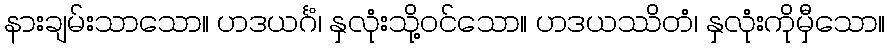
နားချမ်းသာသော။ ဟဒယင်္ဂံ၊ နှလုံးသို့ဝင်သော။ ဟဒယဿိတံ၊ နှလုံးကိုမှီသော။